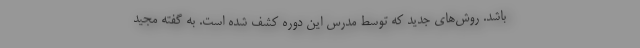
باشد. روش‌های جدید که توسط مدرس این دوره کشف شده است. به گفته مجید